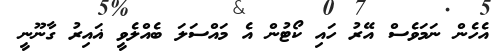
އެހެން ނަމަވެސް އޭރު ހައި ކޯޓުން އެ މައްސަލަ ބެއްލެވީ ޣައިރު ގާނޫނީ